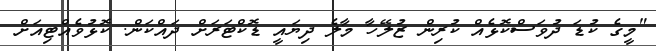
"މީގެ ކުޑަ ދުވަސްކޮޅެއް ކުރިން ޒުލޭހާ މާލެ ދިޔައީ ޑޮކްޓަރަށް ދައްކަން. ކޮޅުވެއްޓިއަށް